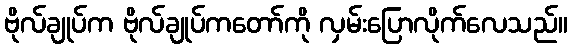
ဗိုလ်ချုပ်က ဗိုလ်ချုပ်ကတော်ကို လှမ်းပြောလိုက်လေသည်။